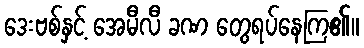
ဒေးဗစ်နှင့် အေမီလီ ခဏ တွေရပ်နေကြ၏။